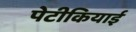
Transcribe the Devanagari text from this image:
पेटीकियाई